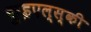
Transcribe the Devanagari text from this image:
कुइएल्स्की